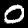
Digit: 0